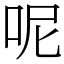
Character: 呢